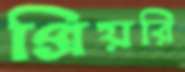
প্রিয়রি